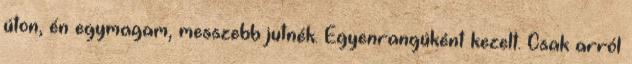
úton, én egymagam, messzebb jutnék. Egyenrangúként kezelt. Csak arról